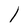
Character: 1